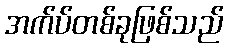
အက်ပ်တစ်ခုဖြစ်သည်